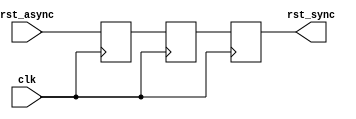
module async_reset_synchronizer #(
    parameter ACTIVE_HIGH = 1  // 1: active high, 0: active low
)(
    input wire clk,               // Clock signal
    input wire rst_async,         // Asynchronous reset signal
    output reg rst_sync           // Synchronized reset signal
);

    // Internal signals for synchronization
    reg ff1, ff2;

    always @(posedge clk) begin
        // Sample the asynchronous reset in a synchronizer chain
        ff1 <= (ACTIVE_HIGH) ? rst_async : ~rst_async; // Flip-flop 1
        ff2 <= ff1;                                       // Flip-flop 2
    end

    always @(posedge clk) begin
        rst_sync <= ff2;  // The synchronized reset signal
    end

endmodule